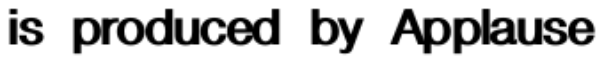
is produced by Applause